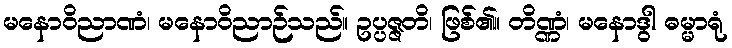
မနောဝိညာဏံ၊ မနောဝိညာဉ်သည်။ ဥပ္ပဇ္ဇတိ၊ ဖြစ်၏။ တိဏ္ဏံ၊ မနောဒွါ ဓမ္မာရုံ